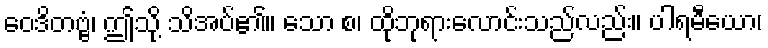
ဝေဒိတဗ္ဗံ၊ ဤသို့ သိအပ်၏။ သော စ၊ ထိုဘုရားလောင်းသည်လည်း။ ပါရမီယော၊